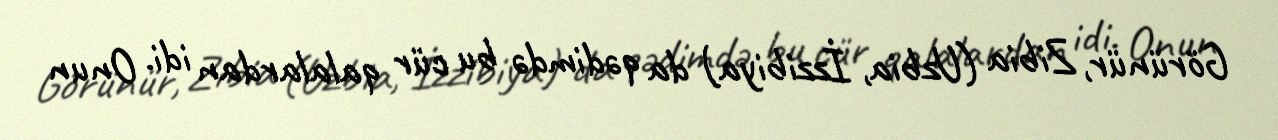
Görünür, Zibia (Uzbia, İzzibiya) da qədimdə bu cür qalalardan idi. Onun